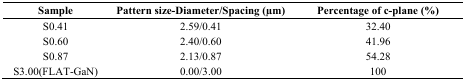
<table><thead><tr><td><b>Sample</b></td><td><b>Pattern size-Diameter/Spacing (μm)</b></td><td><b>Percentage of c-plane (%)</b></td></tr></thead><tbody><tr><td>S0.41</td><td>2.59/0.41</td><td>32.40</td></tr><tr><td>S0.60</td><td>2.40/0.60</td><td>41.96</td></tr><tr><td>S0.87</td><td>2.13/0.87</td><td>54.28</td></tr><tr><td>S3.00(FLAT-GaN)</td><td>0.00/3.00</td><td>100</td></tr></tbody></table>